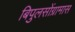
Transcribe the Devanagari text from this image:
बिपुलसोंग्रामास